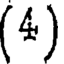
(4)